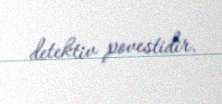
detektiv povestidir.